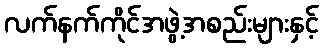
လက်နက်ကိုင်အဖွဲ့အစည်းများနှင့်